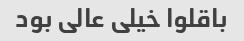
باقلوا خیلی عالی بود